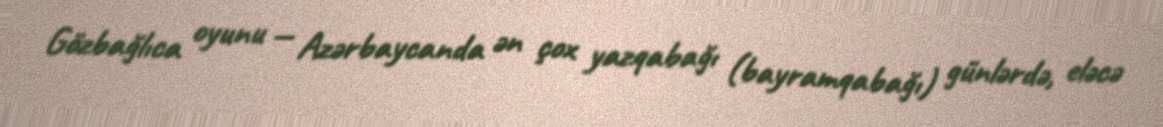
Gözbağlıca oyunu — Azərbaycanda ən çox yazqabağı (bayramqabağı) günlərdə, eləcə